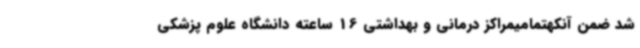
شد ضمن آنکهتمامیمراکز درمانی و بهداشتی 16 ساعته دانشگاه علوم پزشکی